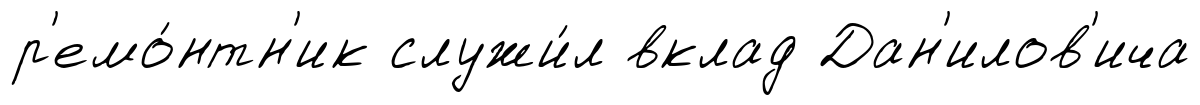
р'емо́нтн'ик служи́л вклад Дан'илов'ича